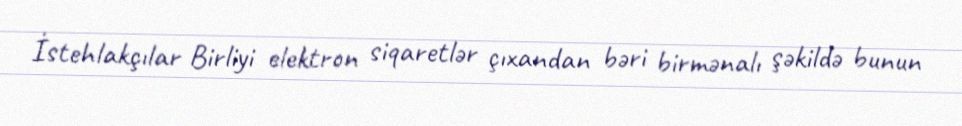
İstehlakçılar Birliyi elektron siqaretlər çıxandan bəri birmənalı şəkildə bunun